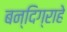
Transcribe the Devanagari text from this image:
बन्दिग्राहे